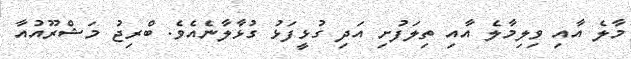
މާލެ އާއި ވިލިމާލެ އާއި ތިލަފުށި އަދި ގުޅީފަޅު ގުޅާލާނެއެވެ. ބްރިޖު މަޝްރޫއުއާ